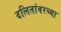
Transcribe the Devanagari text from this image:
दलितांवरच्या